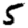
Digit: 5